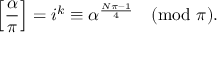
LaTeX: \left[ { \frac { \alpha } { \pi } } \right] = i ^ { k } \equiv \alpha ^ { \frac { N \pi - 1 } { 4 } } { \pmod { \pi } } .